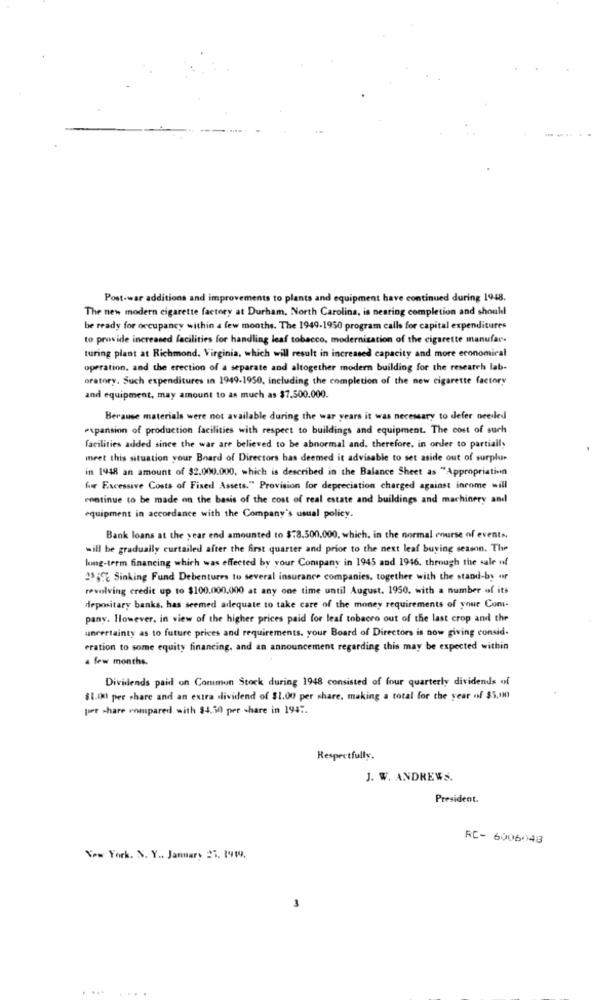
Post-war additions and improvements to plants and equipment have continued during 1948.
The new modern cigarette factory at Durham, North Carolina, is nearing completion and should
be ready for occupancy within a few months. The 1949-1950 program calls for capital expenditures
to provide increased facilities for handling leaf tobacco, modernization of the cigarette manufac.
turing plant at Richmond, Virginia, which will result in increased capacity and more economical
operation, and the erection of a separate and altogether modern building for the research lab-
oratory. Such expenditures in 1949-1950, including the completion of the new cigarette factory
and equipment, may amount to as much as $7.500.000.
Because materials were not available during the war years it was necessary to defer needled
expansion of production facilities with respect to buildings and equipment. The cost of such
facilities added since the war are believed to be abnormal and. therefore, in order to partially
meet this situation your Board of Directors has deemed it advisable to set aside out of surplus
in 1948 an amount of $2.000.000, which is described in the Balance Sheet as "Appropriation
for Excessive Costs of Fixed Assets." Provision for depreciation charged against income will
rontinue to be made on the basis of the cost of real estate and buildings and machinery and
equipment in accordance with the Company's usual policy.
Bank loans at the year end amounted to $78.500.000, which, in the normal course of events.
will be gradually curtailed after the first quarter and prior to the next leaf buying season. The
long-term financing which was effected by your Company in 1945 and 1916. through the sale of
25697 Sinking Fund Debentures to several insurance companies, together with the stand-by or
revolving credit up to $100.000.000 at any one time until August. 1950. with a number of its
depositary banks, has seemed adequate to take care of the money requirements of your Coni-
pany. However, in view of the higher prices paid for leaf tobacco out of the last crop and the
uncertainty as to future prices and requirements. your Board of Directors is now giving consid.
eration to some equity financing, and an announcement regarding this may be expected within
a few months.
Dividends paid on Common Stock during 1948 consisted of four quarterly dividends of
$1.00 per share and an extra dividend of $1.00 per share, making a total for the year of $5.00
per share compared with $4.50 per share in 1947.
Respectfully.
J. W. ANDREWS.
President.
RC- 6006048
New York. N. Y .. January 25. 1919.
....